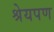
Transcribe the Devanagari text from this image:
श्रेयपण